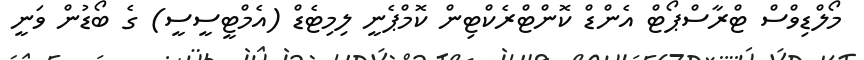
މޯލްޑިވްސް ޓްރާސްޕޯޓް އެންޑް ކޮންޓްރެކްޓިން ކޮމްޕެނީ ލިމިޓެޑް (އެމްޓީސީސީ) ގެ ބޯޑުން ވަނީ